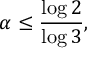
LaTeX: \alpha \leq { \frac { \log 2 } { \log 3 } } ,